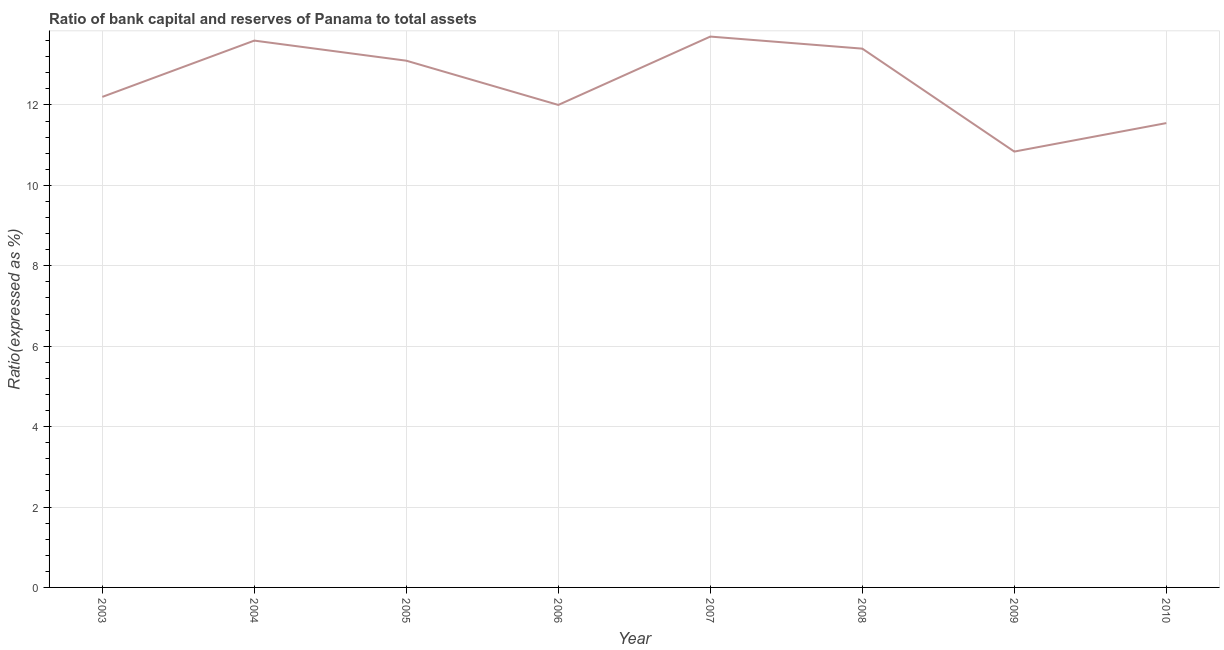
| Year | Bank capital to assets ratio |
 | --- | --- |
 | 2003 | 12.2 |
 | 2004 | 13.6 |
 | 2005 | 13.1 |
 | 2006 | 12 |
 | 2007 | 13.7 |
 | 2008 | 13.4 |
 | 2009 | 10.8 |
 | 2010 | 11.5 |